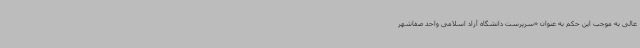
عالی به موجب این حکم به عنوان «سرپرست دانشگاه آزاد اسلامی واحد صفاشهر